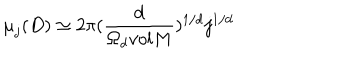
{ \mu } _ { j } ( D ) \simeq 2 { \pi } ( \frac { d } { { \Omega } _ { d } v o l M } ) ^ { 1 / d } j ^ { 1 / d }